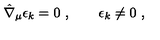
\hat { \nabla } _ { \mu } \epsilon _ { k } = 0 \ , \qquad \epsilon _ { k } \neq 0 \ ,